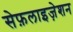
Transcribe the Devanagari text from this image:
सेफ़लाइज़ेशन